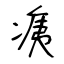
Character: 痍